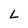
Character: L